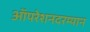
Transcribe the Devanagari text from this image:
ऑपरेशनदरम्यान